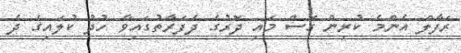
ރަފާލް އެންމެ ކުރިން ގޮސް މައި ދޮރުގެ ދެފަރާތުގައިވާ ހުދު ކުލައިގެ ދެ